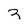
Character: 3